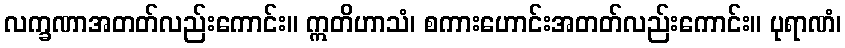
လက္ခဏာအတတ်လည်းကောင်း။ ဣတိဟာသံ၊ စကားဟောင်းအတတ်လည်းကောင်း။ ပုရာဏံ၊